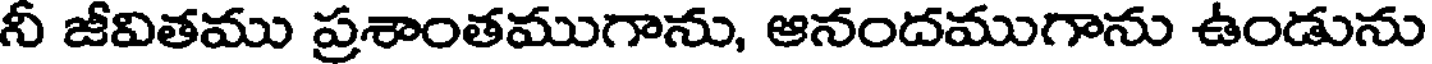
నీ జీవితము ప్రశాంతముగాను, ఆనందముగాను ఉండును